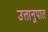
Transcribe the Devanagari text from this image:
उत्तानुपात